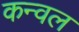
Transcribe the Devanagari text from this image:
कन्वल